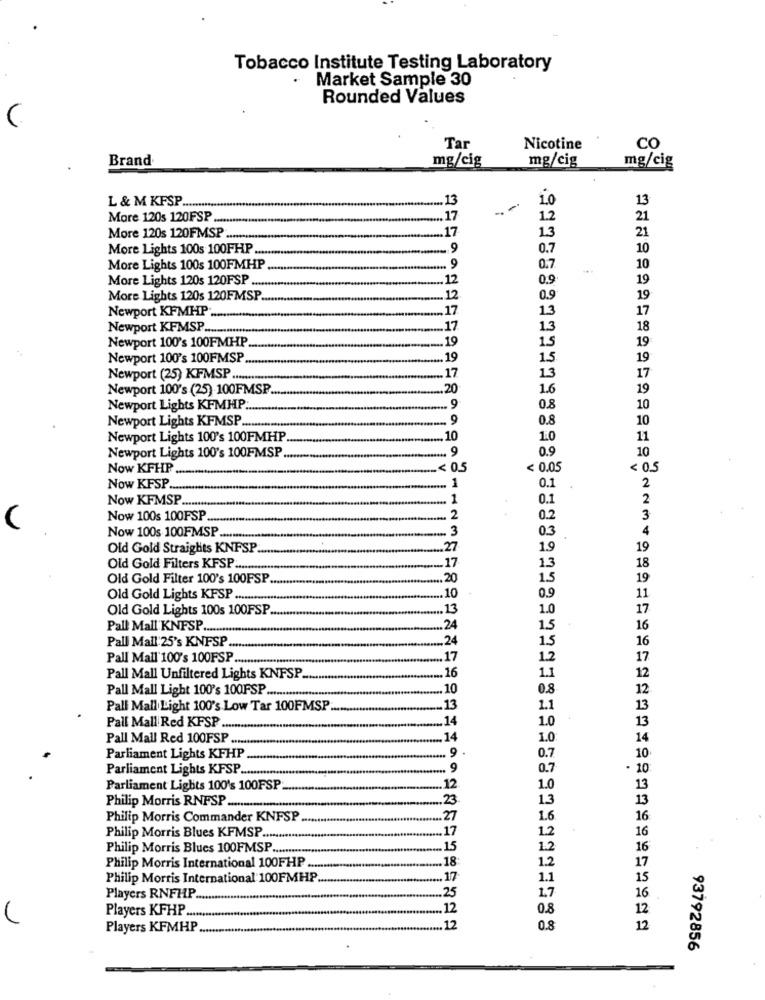
Tobacco Institute Testing Laboratory
.
Market Sample 30
Rounded Values
(
Tar
Nicotine
CO
Brand
mg/cig
mg/cig
mg/cig
13
1.0
13
L & M KFSP ......... "
More 120s 120FSP
.17
1.2
21
.17
13
21
More 120s 120FMSP .........
More Lights 100s 100FHP ......
. 9
0.7
10
More Lights 100s 100FMHP
.9
0.7
10
More Lights 120s 120FSP ........
12
0.9
19
More Lights 120s 120FMSP
12
0.9
19
Newport KFMHP;
17
13
17
Newport KFMSP ................
17
1.3
18
Newport 100's 100FMHP
.19
1.5
19
Newport 100's 100FMSP
.19
1.5
19
17
Newport (25) KFMSP ...........
17
13
Newport 100's (25) 100FMSP ..
20
1.6
19
Newport Lights KFMHP .....
.9
0.8
10
Newport Lights KFMSP ...
.9
0.8
10
Newport Lights 100's 100FMHP
10
1.0
11
.. 9
0.9
10
Newport Lights 100's 100FMSP
Now KFHP
< 0.5
< 0.05
< 0.5
Now KFSP.
1
0.1
2
Now KFMSP ..
1
0.1
2
Now 100s 100FSP
2
0.2
3
3
0.3
4
Now 100s 100FMSP ...........
Old Gold Straights KNFSP.
,27
1.9
19
17
Old Gold Filters KFSP ...........
1.3
18
Old Gold Filter 100's 100FSP
,20
1.5
19
Old Gold Lights KFSP ...........
.10
0.9
11
Old Gold Lights 100s 100FSP.
.... 13
1.0
17
Pall Mall KNFSP ........
.24
1.5
16
Pall Mall:25's KNFSP
.24
1.5
16
Pall Mall' 100's 100FSP.
.. 17
1.2
17
Pall Mall Unfiltered Lights KNFSP
.16
1.1
12
Pall Mall Light 100's 100FSP ............
.10
0.8
12
Pall Mall Light 100's Low Tar 100FMSP
.13
1.1
13
.14
1.0
13
Pall Mall Red KPSP ....
Pall Mall Red 100FSP .......
14
1.0
14
.9.
10
Parliament Lights KFHP
0.7
Parliament Lights KFSP ......
.9
0.7
. 10
Parliament Lights 100's 100FSP
12
1.0
13
23
1.3
13
Philip Morris RNFSP ..............
Philip Morris Commander KNFSP
27
1.6
16
17
16
Philip Morris Blues KFMSP ......
1.2
Philip Morris Blues 100FMSP ...........
15
1.2
16
18
1.2
Philip Morris International 100FHP ...
Philip Morris International 100FMHP
.17
1.1
Players RNFHP.
.25
1.7
Players KFHP ....
12
0.8
Players KFMHP
12
0.8
12
93792856